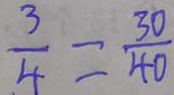
\frac { 3 } { 4 } = \frac { 3 0 } { 4 0 }